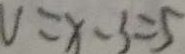
V = x - 3 = 5